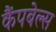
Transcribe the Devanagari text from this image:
कैंपबेल्स